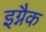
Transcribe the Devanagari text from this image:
इग्नैक